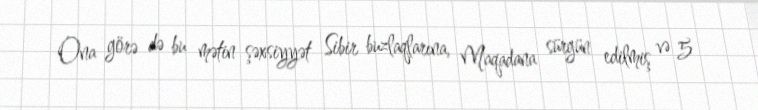
Ona görə də bu mətin şəxsiyyət Sibir buzlaqlarına, Maqadana sürgün edilmiş və 5